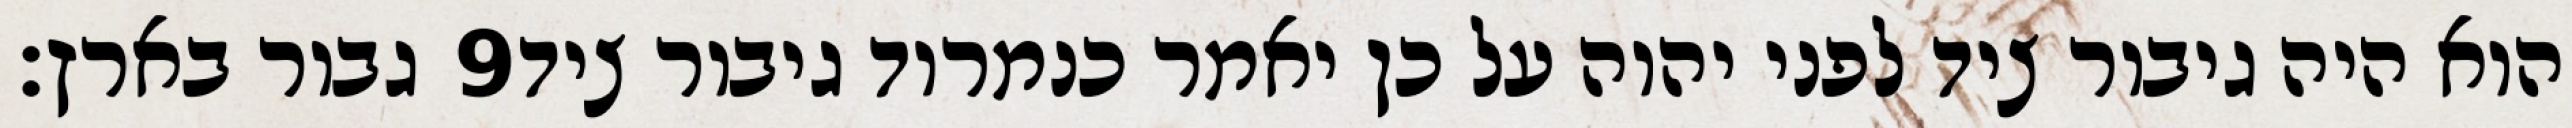
גבור בארץ׃ ‎9‏ הוא היה גיבור ציד לפני יהוה על כן יאמר כנמרוד גיבור ציד